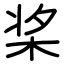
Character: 桨